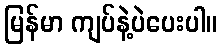
မြန်မာ ကျပ်နဲ့ပဲပေးပါ။